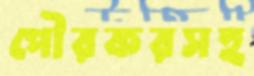
পৌরকরসহ